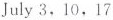
July 3,10,17